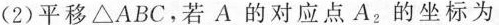
(2)平移△ABC，若A的对应点A，的坐标为